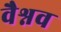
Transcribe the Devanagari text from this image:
वैश्नव